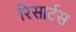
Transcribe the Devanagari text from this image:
रिसार्टस